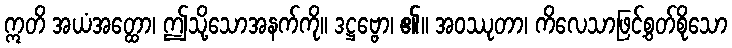
ဣတိ အယံအတ္ထော၊ ဤသို့သောအနက်ကို။ ဒဋ္ဌဗ္ဗော၊ ၏။ အဝဿုတာ၊ ကိလေသာဖြင့်စွတ်စိုသော